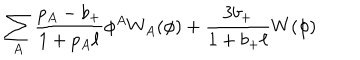
\sum _ { A } { \frac { p _ { A } - b _ { + } } { 1 + p _ { A } \ell } } \phi ^ { A } W _ { A } ( \phi ) + { \frac { 3 b _ { + } } { 1 + b _ { + } \ell } } W ( \phi )